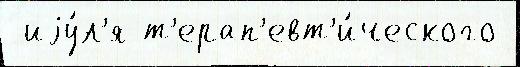
 иjу́л'я т'ерап'евт'и́ческого